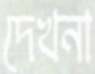
দেখনা